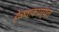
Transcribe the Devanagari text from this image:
हेळवाकपर्यंत